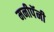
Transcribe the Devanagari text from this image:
मनीपॅनी